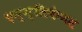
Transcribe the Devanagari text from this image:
एन्ग्लिकेनस